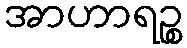
အာဟာရဉ္စ